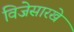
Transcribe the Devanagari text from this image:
विजेसारखे